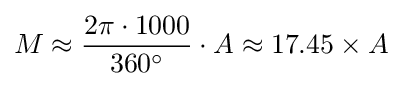
M\approx {2\pi \cdot 1000 \over 360^{\circ }}\cdot A\approx 17.45\times A